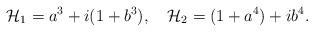
LaTeX: \begin{align*}{\cal H}_1=a^3+i(1+b^3),\quad {\cal H}_2=(1+a^4)+ib^4.\end{align*}